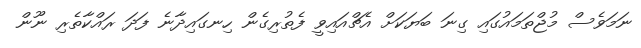
ނަމަވެސް މުޖްތަމައުގައި ގިނަ ބަޔަކަށް އެޗްއައިވީ ފެތުރިގެން ހިނގައިދާނެ ފަދަ ރައްކާތެރި ނޫން